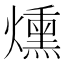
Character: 燻